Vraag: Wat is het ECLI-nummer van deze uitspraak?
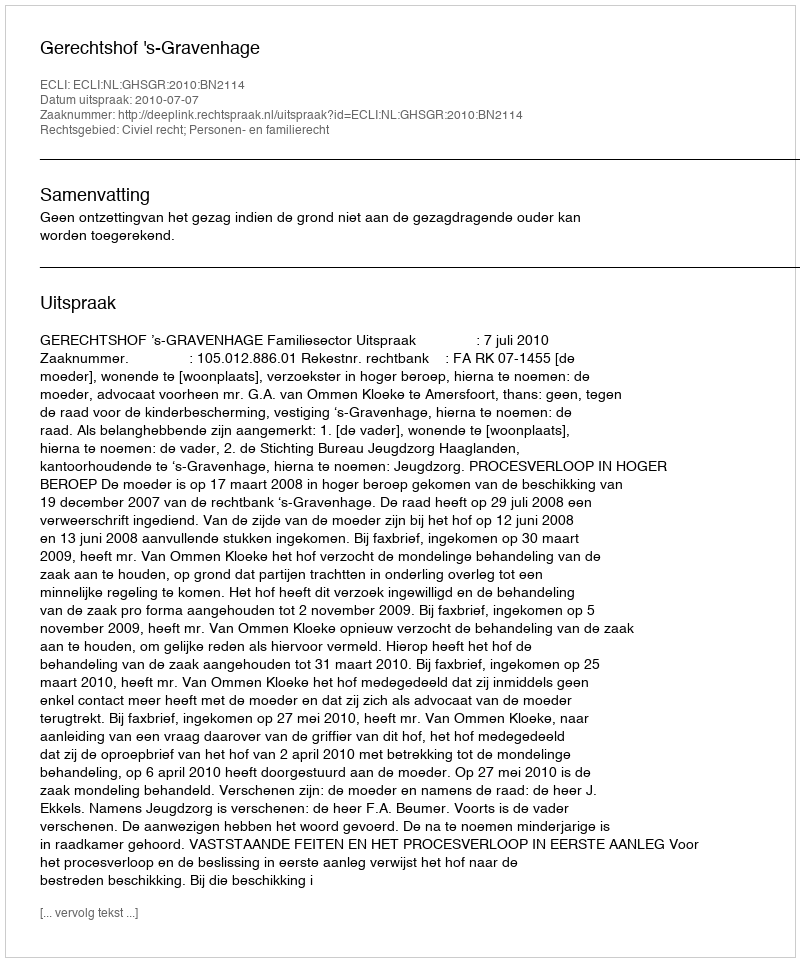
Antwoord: ECLI:NL:GHSGR:2010:BN2114